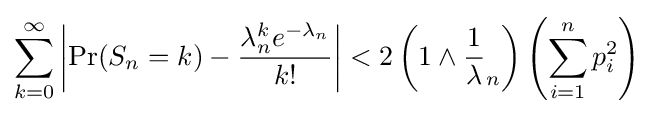
\sum _{k=0}^{\infty }\left|\Pr(S_{n}=k)-{\lambda _{n}^{k}e^{-\lambda _{n}} \over k!}\right|<2\left(1\wedge {\frac {1}{\lambda }}_{n}\right)\left(\sum _{i=1}^{n}p_{i}^{2}\right)